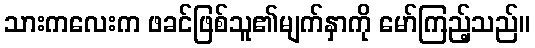
သားကလေးက ဖခင်ဖြစ်သူ၏မျက်နှာကို မော်ကြည့်သည်။